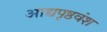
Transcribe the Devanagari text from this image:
आद्यपृष्ठवंश